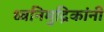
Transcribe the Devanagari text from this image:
ध्वनिमुद्रिकांनी